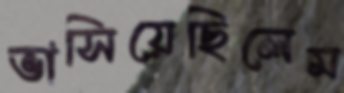
ভাসিয়েছিলেম